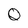
Character: Q